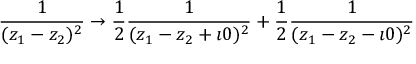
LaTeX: \frac { 1 } { ( z _ { 1 } - z _ { 2 } ) ^ { 2 } } \rightarrow \frac { 1 } { 2 } \frac { 1 } { ( z _ { 1 } - z _ { 2 } + \imath 0 ) ^ { 2 } } + \frac { 1 } { 2 } \frac { 1 } { ( z _ { 1 } - z _ { 2 } - \imath 0 ) ^ { 2 } }